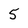
Character: 5